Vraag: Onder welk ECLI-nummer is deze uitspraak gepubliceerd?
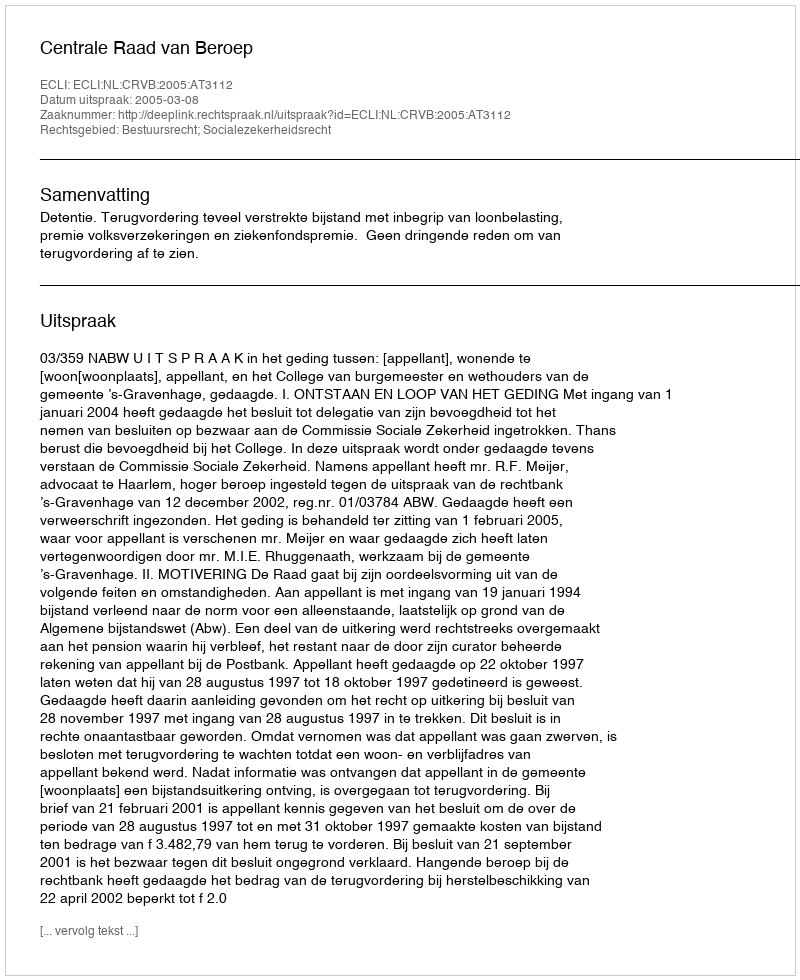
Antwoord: ECLI:NL:CRVB:2005:AT3112